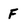
Character: F